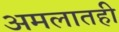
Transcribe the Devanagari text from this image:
अमलातही